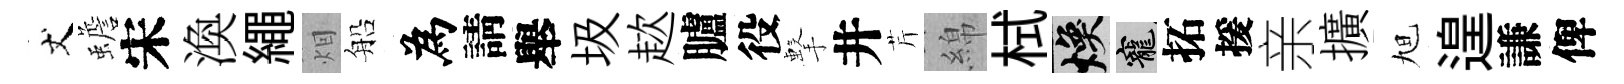
丈蟾宋渙繩𤇆船為請舉圾趑臚役擊井芹綿栻焕寵拓援亲擴旭遑謙俾